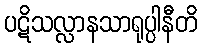
ပဋိသလ္လာနသာရုပ္ပါနီတိ